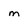
Character: m